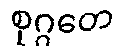
စုဂ္ဂတေ